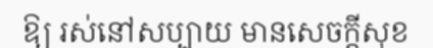
ឱ្យ រស់នៅសប្បាយ មានសេចក្តីសុខ